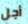
أجل